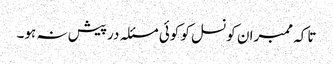
تاکہ ممبران کونسل کو کوئی مسئلہ درپیش نہ ہو۔